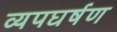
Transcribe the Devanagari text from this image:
व्यपघर्षण